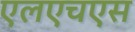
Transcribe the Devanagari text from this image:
एलएचएस